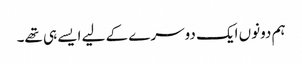
ہم دونوں ایک دوسرے کے لیے ایسے ہی تھے۔